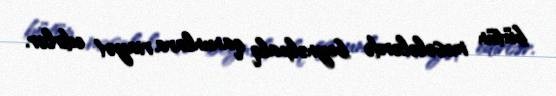
bütün məsələlərdə beynəlxalq qanunlara riayət edirlər.